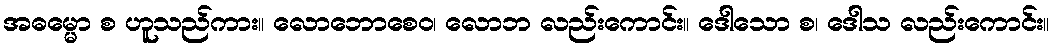
အဓမ္မော စ ဟူသည်ကား။ လောဘောစေဝ၊ လောဘ လည်းကောင်း။ ဒေါသော စ၊ ဒေါသ လည်းကောင်း။